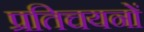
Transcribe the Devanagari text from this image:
प्रतिचयनों